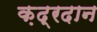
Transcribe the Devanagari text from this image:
क़द्रदान